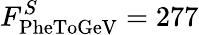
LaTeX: F_{\mathrm{PheToGeV}}^{S}=277